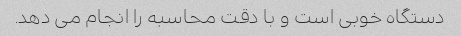
دستگاه خوبی است و با دقت محاسبه را انجام می دهد.